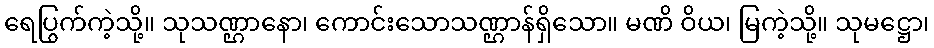
ရေပြွက်ကဲ့သို့။ သုသဏ္ဌာနော၊ ကောင်းသောသဏ္ဌာန်ရှိသော။ မဏိ ဝိယ၊ မြကဲ့သို့။ သုမဋ္ဌော၊